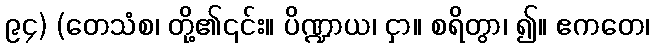
၉၄) (တေသံစ၊ တို့၏၎င်း။ ပိဏ္ဍာယ၊ ငှာ။ စရိတွာ၊ ၍။ ဧကတေ၊